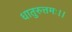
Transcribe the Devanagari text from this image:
धातुरुत्तमः।।